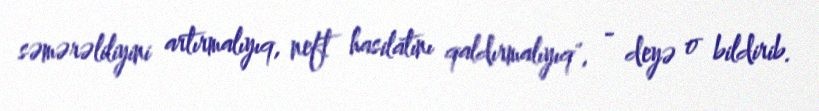
səmərəliliyini artırmalıyıq, neft hasilatını qaldırmalıyıq", - deyə o bildirib.